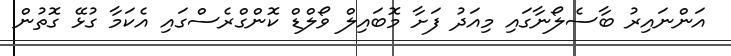
އަންނައިރު ބާސެލޯނާގައި މިއަދު ފަށާ މޮބައިލް ވޯލްޑް ކޮންގްރެސްގައި އެކަމާ ގުޅޭ ގޮތުން